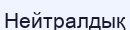
Нейтралдық